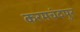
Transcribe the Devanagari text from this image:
करमचंदपुर